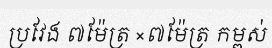
ប្រវែង ៧ម៉ែត្រ ×៧ម៉ែត្រ កម្ពស់